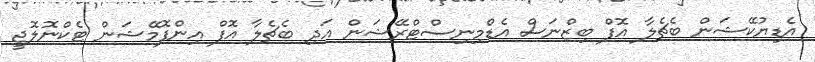
އެޑިޔުކޭޝަން ބެޗެލާ އޮފް ބިޒްނަސް އެޑްމިނިސްޓްރޭޝަން އަދި ބެޗެލާ އޮފް އިންފޮމޭޝަން ޓެކްނޮލޮޖީ